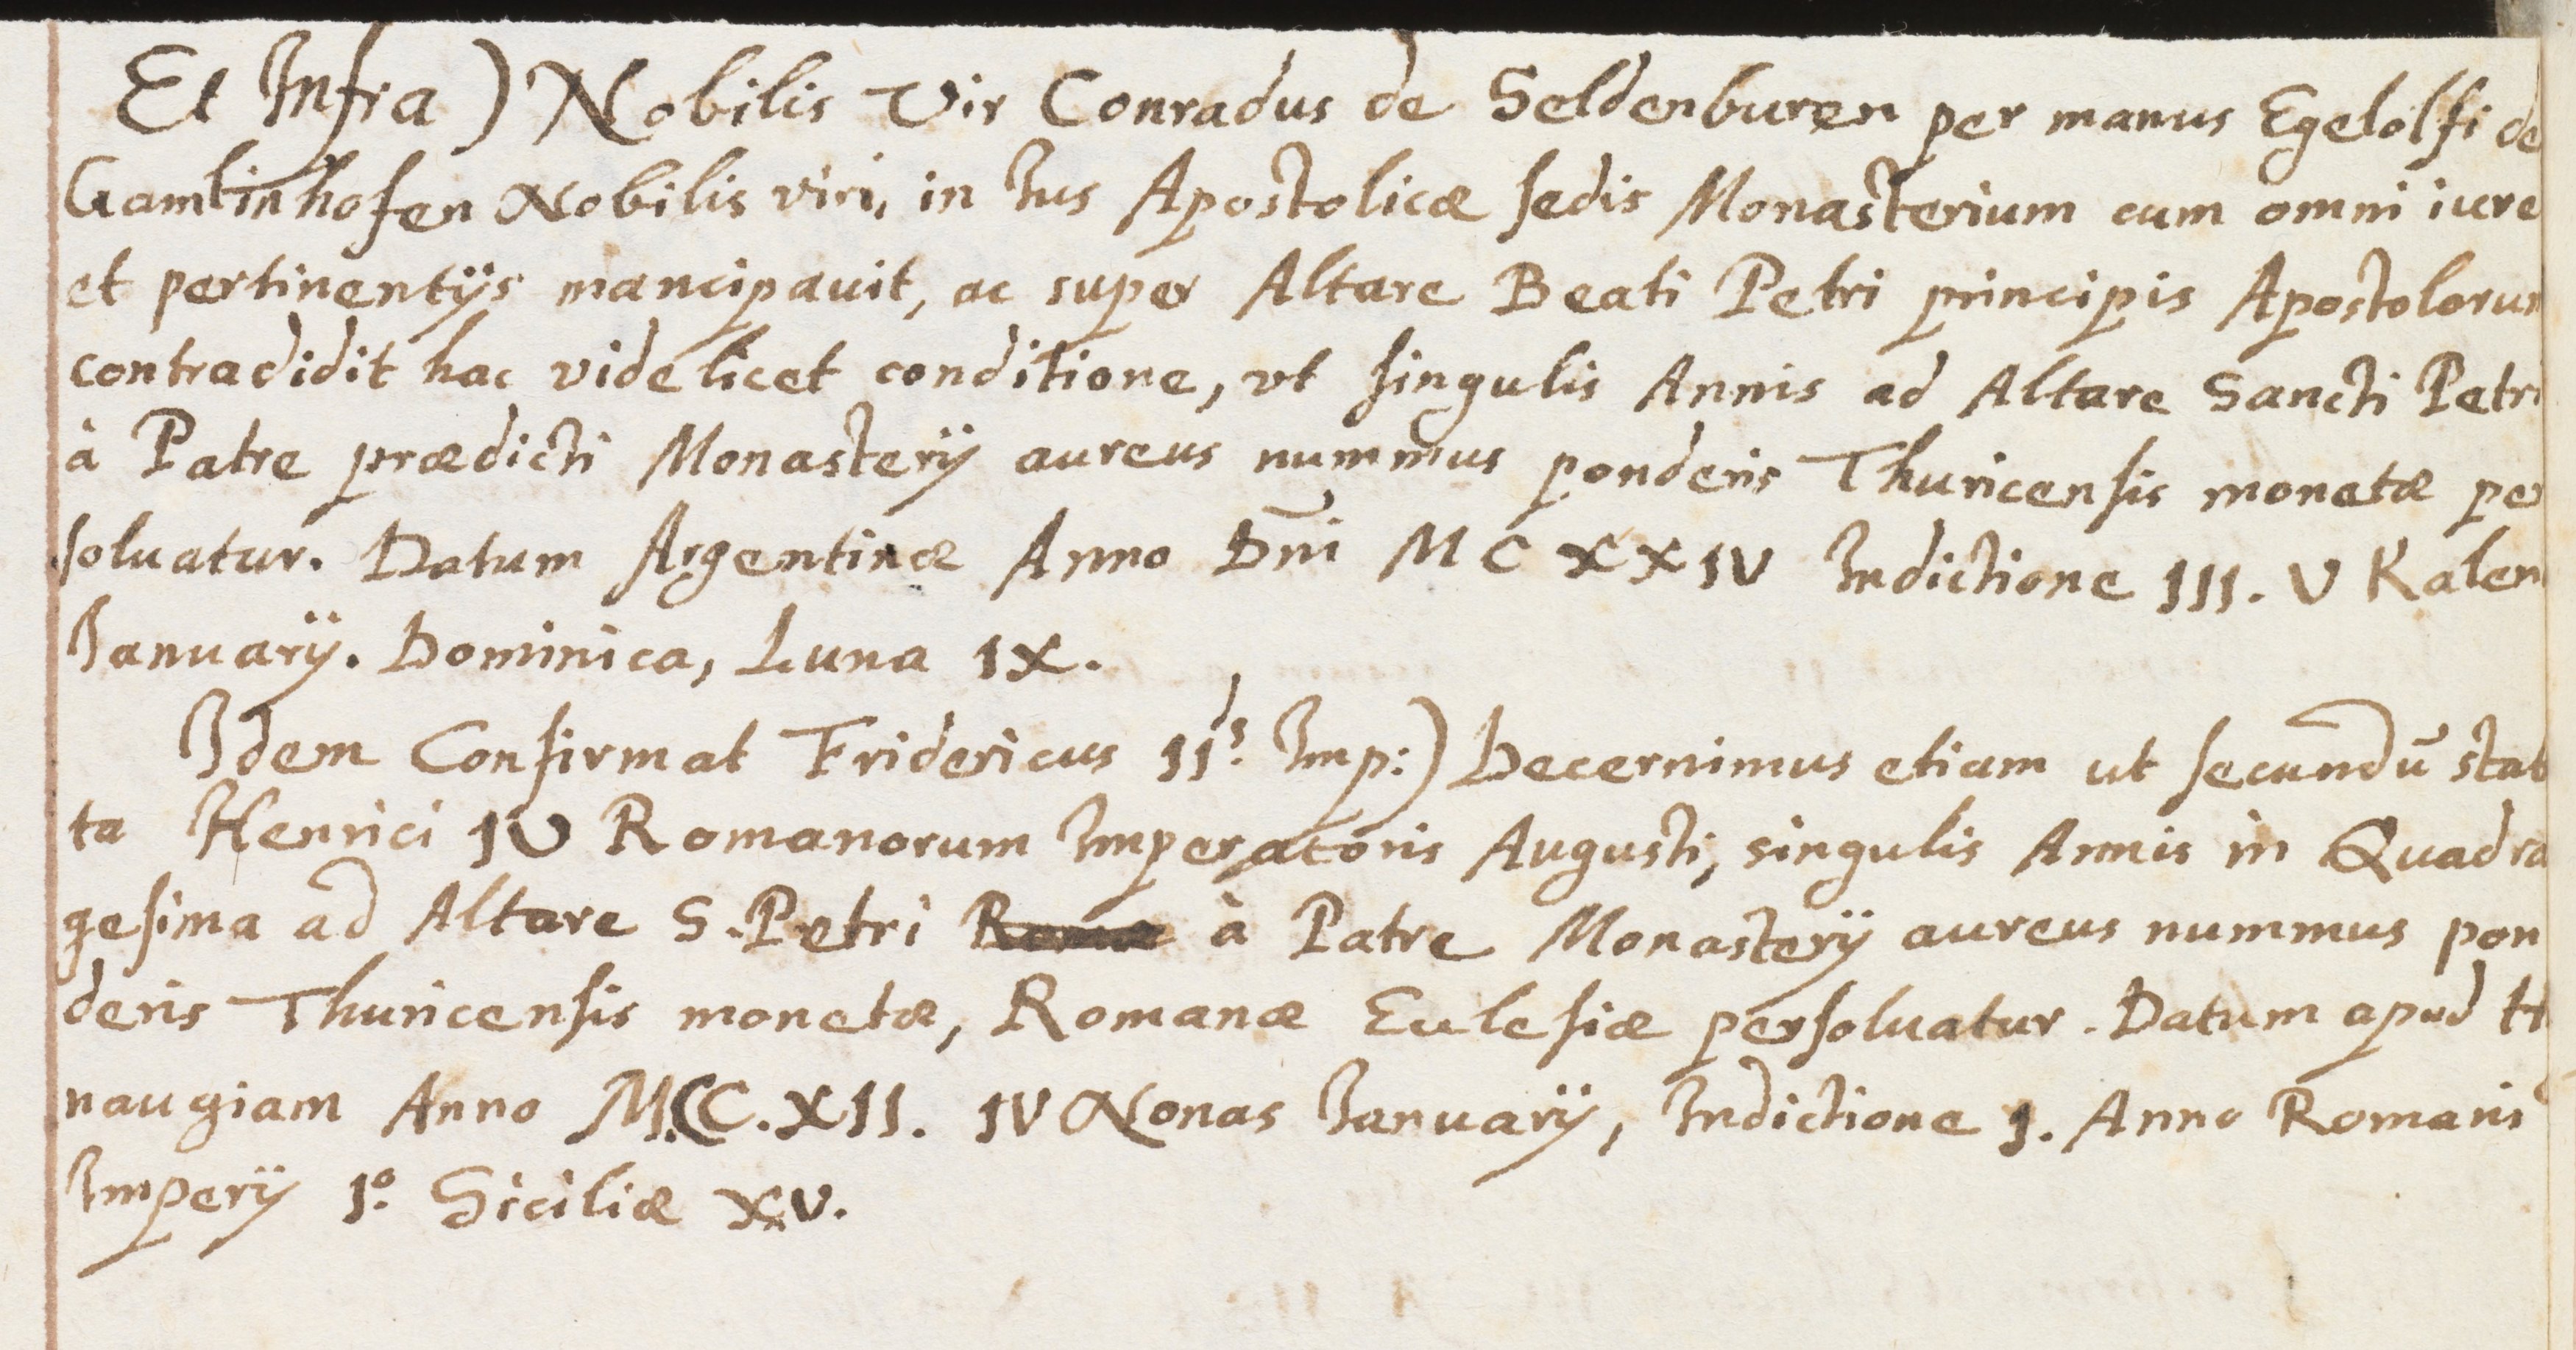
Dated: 1631–1661